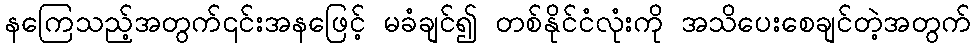
နကြေသည့်အတွက်၎င်းအနဖြေင့် မခံချင်၍ တစ်နိုင်ငံလုံးကို အသိပေးစေချင်တဲ့အတွက်